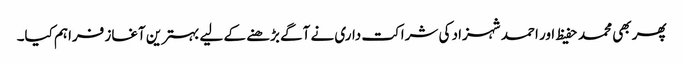
پھر بھی محمد حفیظ اور احمد شہزاد کی شراکت داری نے آگے بڑھنے کے لیے بہترین آغاز فراہم کیا۔